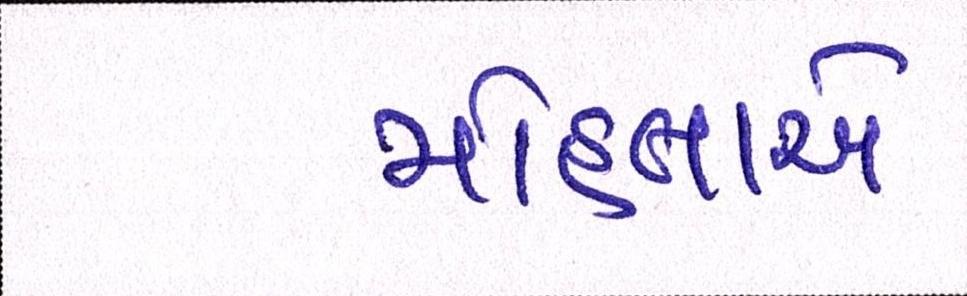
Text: મોહતાએ